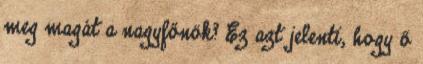
meg magát a nagyfőnök? Ez azt jelenti, hogy ő